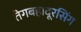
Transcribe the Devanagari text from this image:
तेगबहादूरसिंग